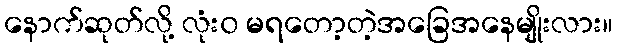
နောက်ဆုတ်လို့ လုံး၀ မရတော့တဲ့အခြေအနေမျိုးလား။